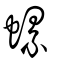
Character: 螺